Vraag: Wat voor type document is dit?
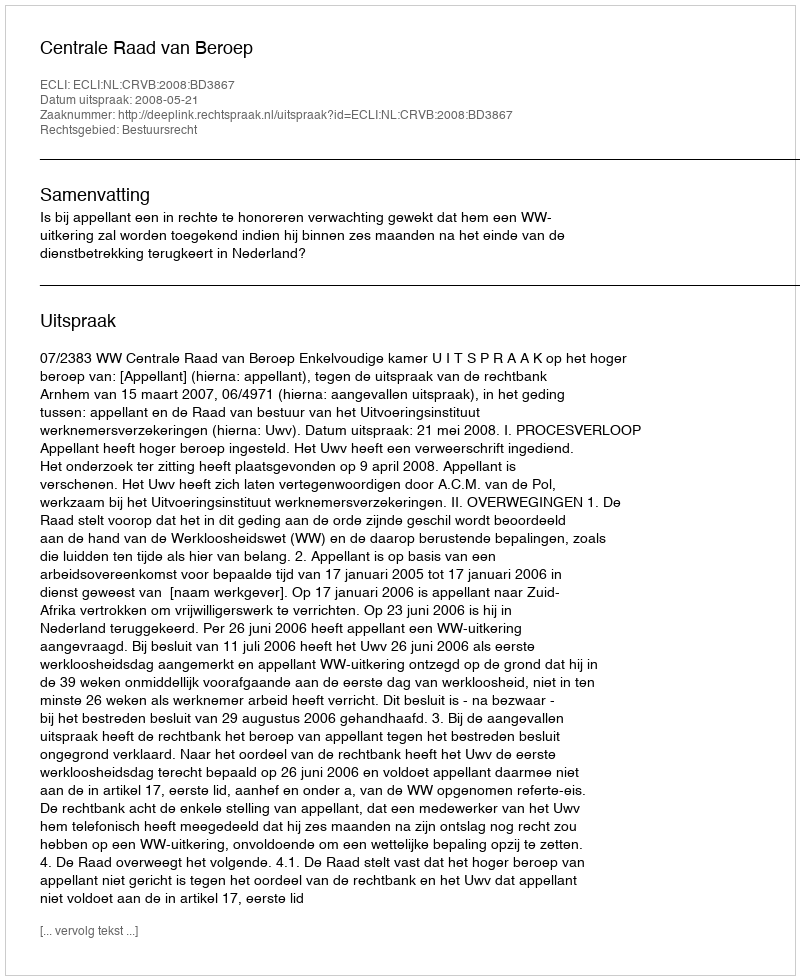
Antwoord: Uitspraak